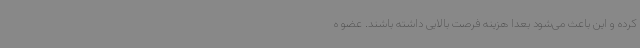
کرده و این باعث می‌شود بعداً هزینه فرصت بالایی داشته باشند. عضو ه